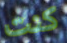
كنت